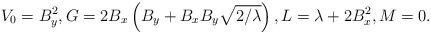
LaTeX: \begin{align*} V_0 = B_y^2, G=2B_x\left(B_y+B_x B_y\sqrt{2/\lambda}\right) , L=\lambda + 2 B_x^2, M=0.\end{align*}